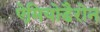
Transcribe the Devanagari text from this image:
ऐमियोडैरोन